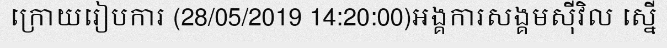
ក្រោយរៀបការ (28/05/2019 14:20:00)អង្គការសង្គមស៊ីវិល ស្នើ